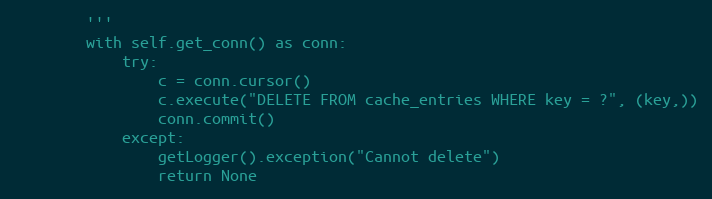
Language: Python
        '''
        with self.get_conn() as conn:
            try:
                c = conn.cursor()
                c.execute("DELETE FROM cache_entries WHERE key = ?", (key,))
                conn.commit()
            except:
                getLogger().exception("Cannot delete")
                return None